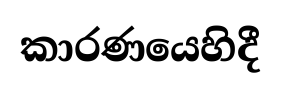
කාරණයෙහිදී